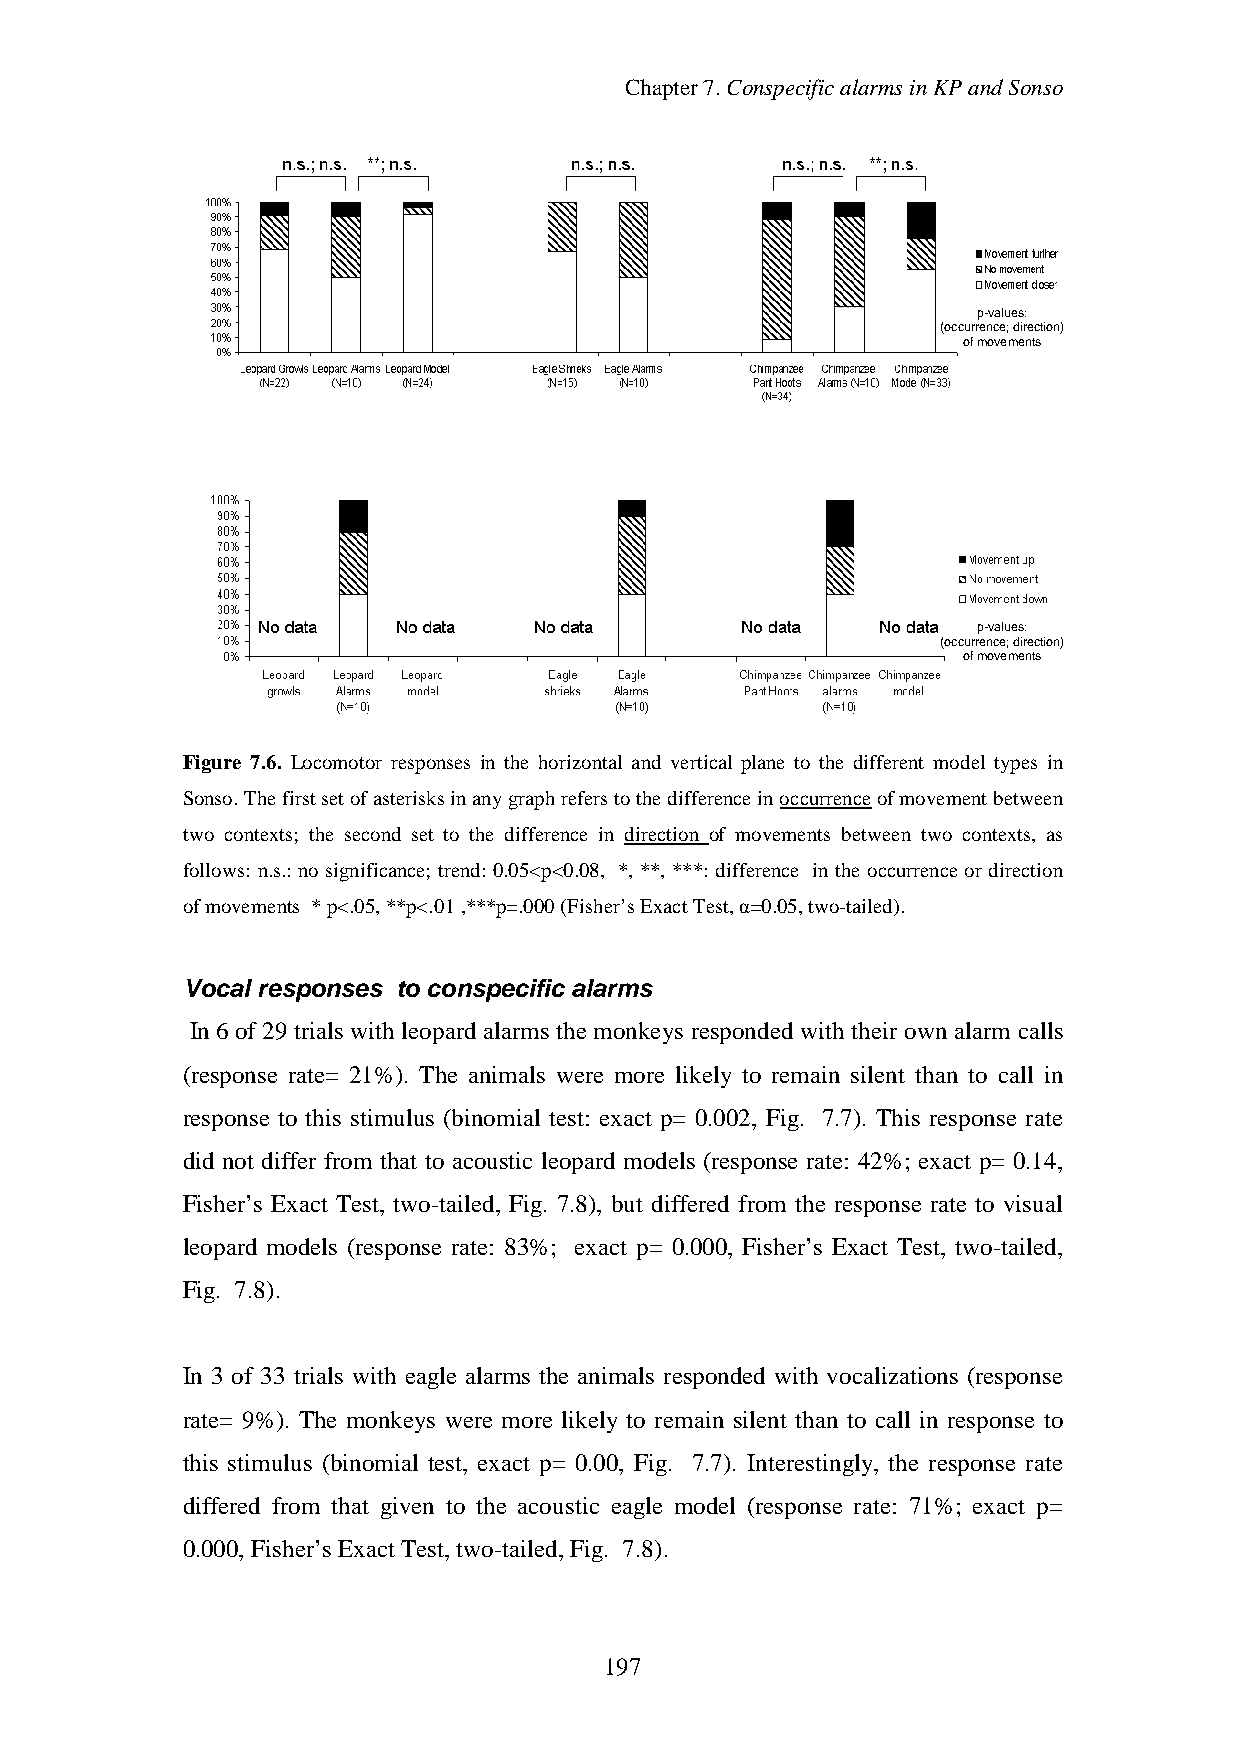
Chapter7.ConspecificalarmsinKPandSonso
 p-values:
 (occurrence;direction)
 ofmovements
 p-values:
 (occurrence;direction)
 ofmovements
 Figure 7.6. Locomotor responses in the horizontal and vertical plane to the different model types in
 Sonso.Thefirstsetofasterisksinanygraphreferstothedifferenceinoccurrenceofmovementbetween
 two contexts; the second set to the difference in direction of movements between two contexts, as
 follows: n.s.: no significance; trend:0.05<p<0.08, *, **, ***:difference in the occurrence or direction
 ofmovements *p<.05,**p<.01,***p=.000(Fisher’sExactTest,α=0.05,two-tailed).
 Vocal responses to conspecific alarms
 In 6 of 29 trials with leopard alarms the monkeys responded with their own alarm calls
 (response rate= 21%). The animals were more likely to remain silent than to call in
 response to this stimulus (binomial test: exact p= 0.002, Fig. 7.7). This response rate
 did not differ from that to acoustic leopard models (response rate: 42%; exact p= 0.14,
 Fisher’s Exact Test, two-tailed, Fig. 7.8), but differed from the response rate to visual
 leopard models (response rate: 83%; exact p= 0.000, Fisher’s Exact Test, two-tailed,
 Fig. 7.8).
 In 3 of 33 trials with eagle alarms the animals responded with vocalizations (response
 rate= 9%). The monkeys were more likely to remain silent than to call in response to
 this stimulus (binomial test, exact p= 0.00, Fig. 7.7). Interestingly, the response rate
 differed from that given to the acoustic eagle model (response rate: 71%; exact p=
 0.000,Fisher’s Exact Test,two-tailed,Fig. 7.8).
 197